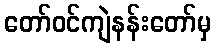
တော်ဝင်ကျဲနန်းတော်မှ